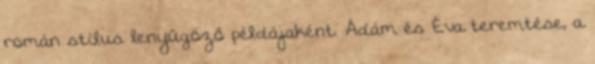
román stílus lenyűgöző példájaként. Ádám és Éva teremtése, a